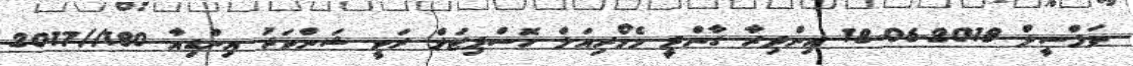
ތަފްސީލް 2018-06-18 އިންދިރާ ގާންދީ މެމޯރިއަލް ހޮސްޕިޓަލް ރަވީ ޝަންވަރު އިންޑިއާ 180//2017